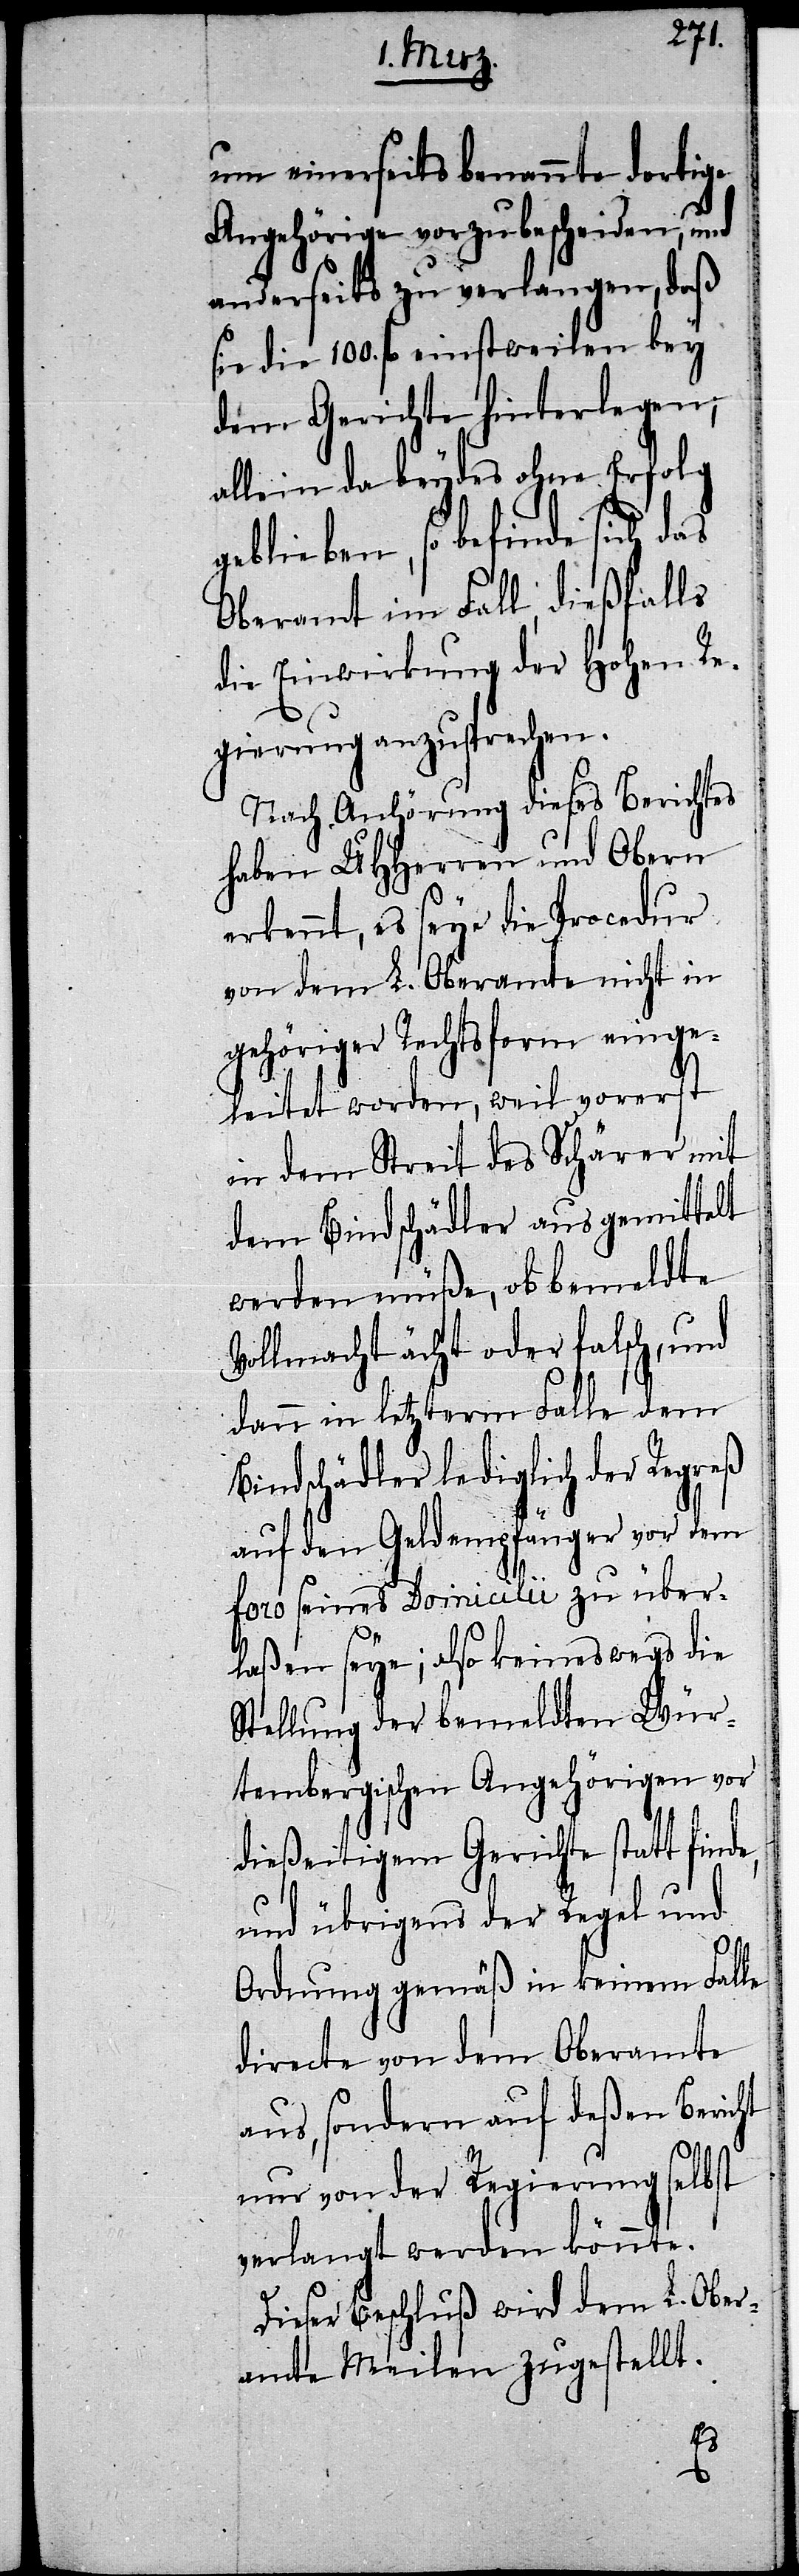
um einerseits benannte dortige
Angehörige vorzubescheiden, und
anderseits zu verlangen, daß
sie die 100. fl. einstweilen bey
dem Gerichte hinterlegen;
allein da beydes ohne Erfolg
geblieben, so befinde sich das
Oberamt im Fall, dießfalls
die Einwirkung der Hohen Re¬
gierung anzusprechen.
Nach Anhörung dieses Berichtes
haben UHHerren und Obern
erkennt, es seye die Procedur
von dem L. Oberamte nicht in
gehöriger Rechtsform einge¬
leitet worden, weil vorerst
in dem Streit des Schärer mit
dem Bindschädler ausgemittelt
werden müße, ob bemeldte
Vollmacht ächt oder falsch, und
dann in letzterm Falle dem
Bindschädler lediglich der Regreß
auf den Geldempfänger vor dem
foro seines Domicilii zu über¬
laßen seye; also keineswegs die
Stellung der bemeldten Wür¬
tembergischen Angehörigen vor
dießeitigem Gerichte statt find¬
und übrigens der Regel und
Ordnung gemäß in keinem Falle
directe von dem Oberamte
aus, sondern auf deßen Bericht
nur von der Regierung selbst
verlangt werden könnte.
Dieser Beschluß wird dem L. Ober¬
amte Meilen zugestellt.
e,